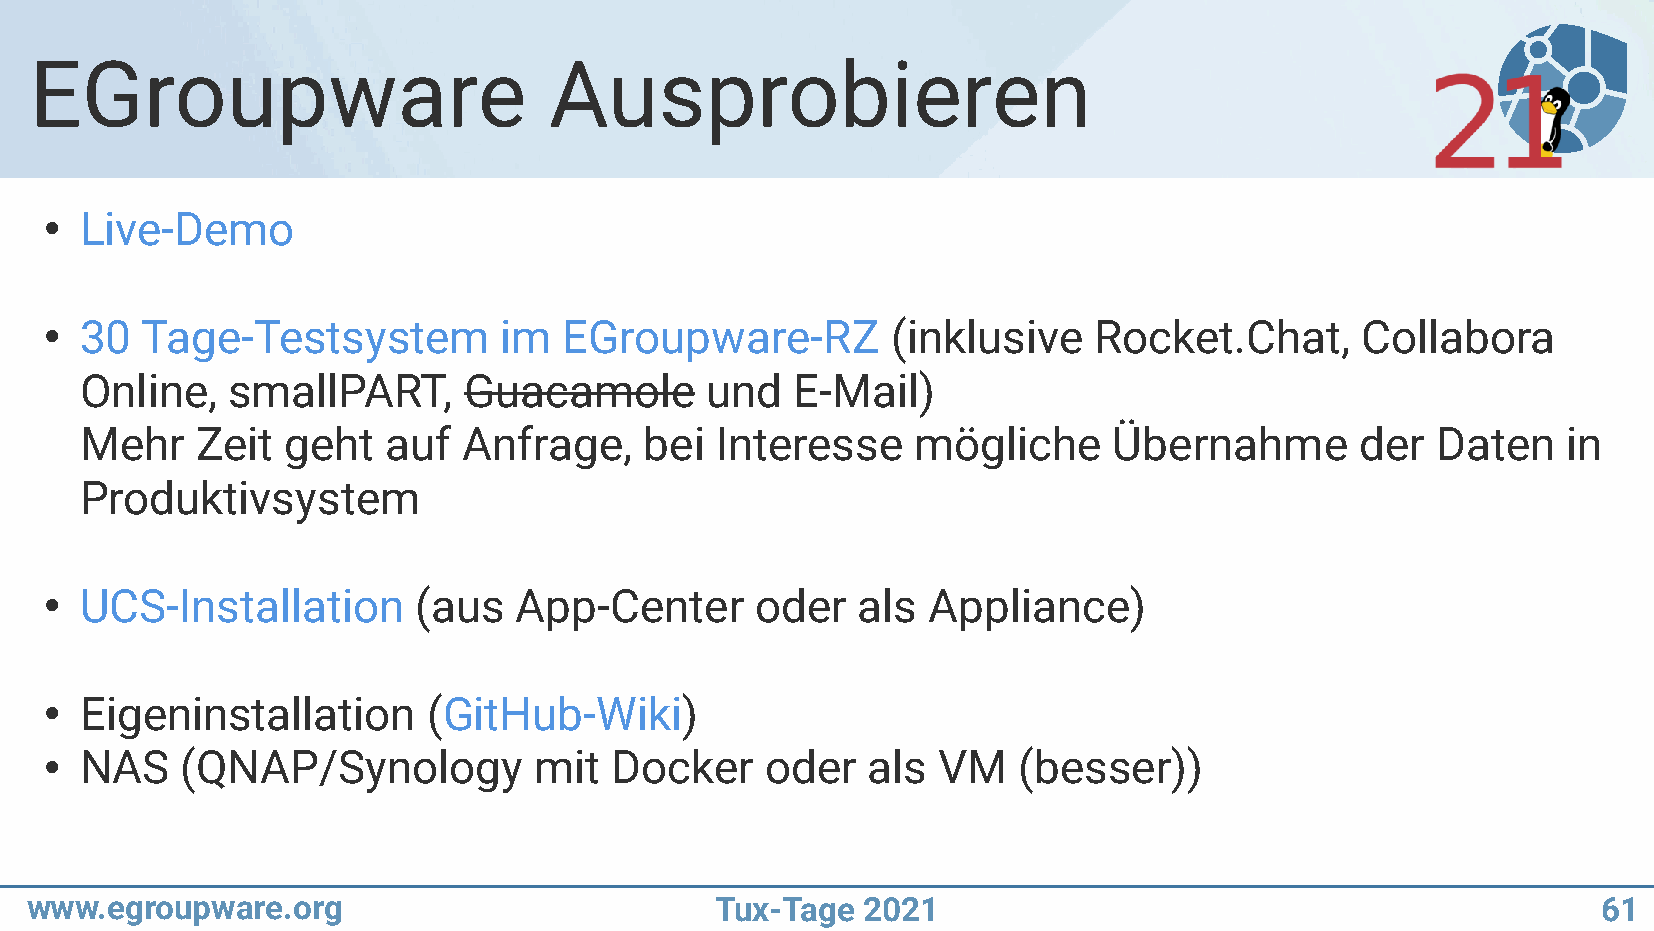
EGroupware                        Ausprobieren
 Live-Demo
 ●
 30  Tage-Testsystem         im  EGroupware-RZ         (inklusive   Rocket.Chat,      Collabora
 ●
 Online,   smallPART,      Guacamole       und   E-Mail)
 Mehr    Zeit  geht   auf  Anfrage,    bei Interesse     mögliche     Übernahme       der  Daten    in
 Produktivsystem
 UCS-Installation       (aus  App-Center      oder   als Appliance)
 ●
 Eigeninstallation      (GitHub-Wiki)
 ●
 NAS    (QNAP/Synology         mit  Docker     oder  als  VM   (besser))
 ●
 www.egroupware.org                           Tux-Tage  2021                                             61